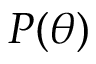
P ( \theta )